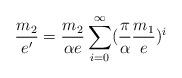
LaTeX: \begin{align*}\frac{m_2}{e'}=\frac{m_2}{\alpha e}\sum_{i=0}^{\infty}(\frac{\pi}{\alpha}\frac{m_1}{e})^i\end{align*}